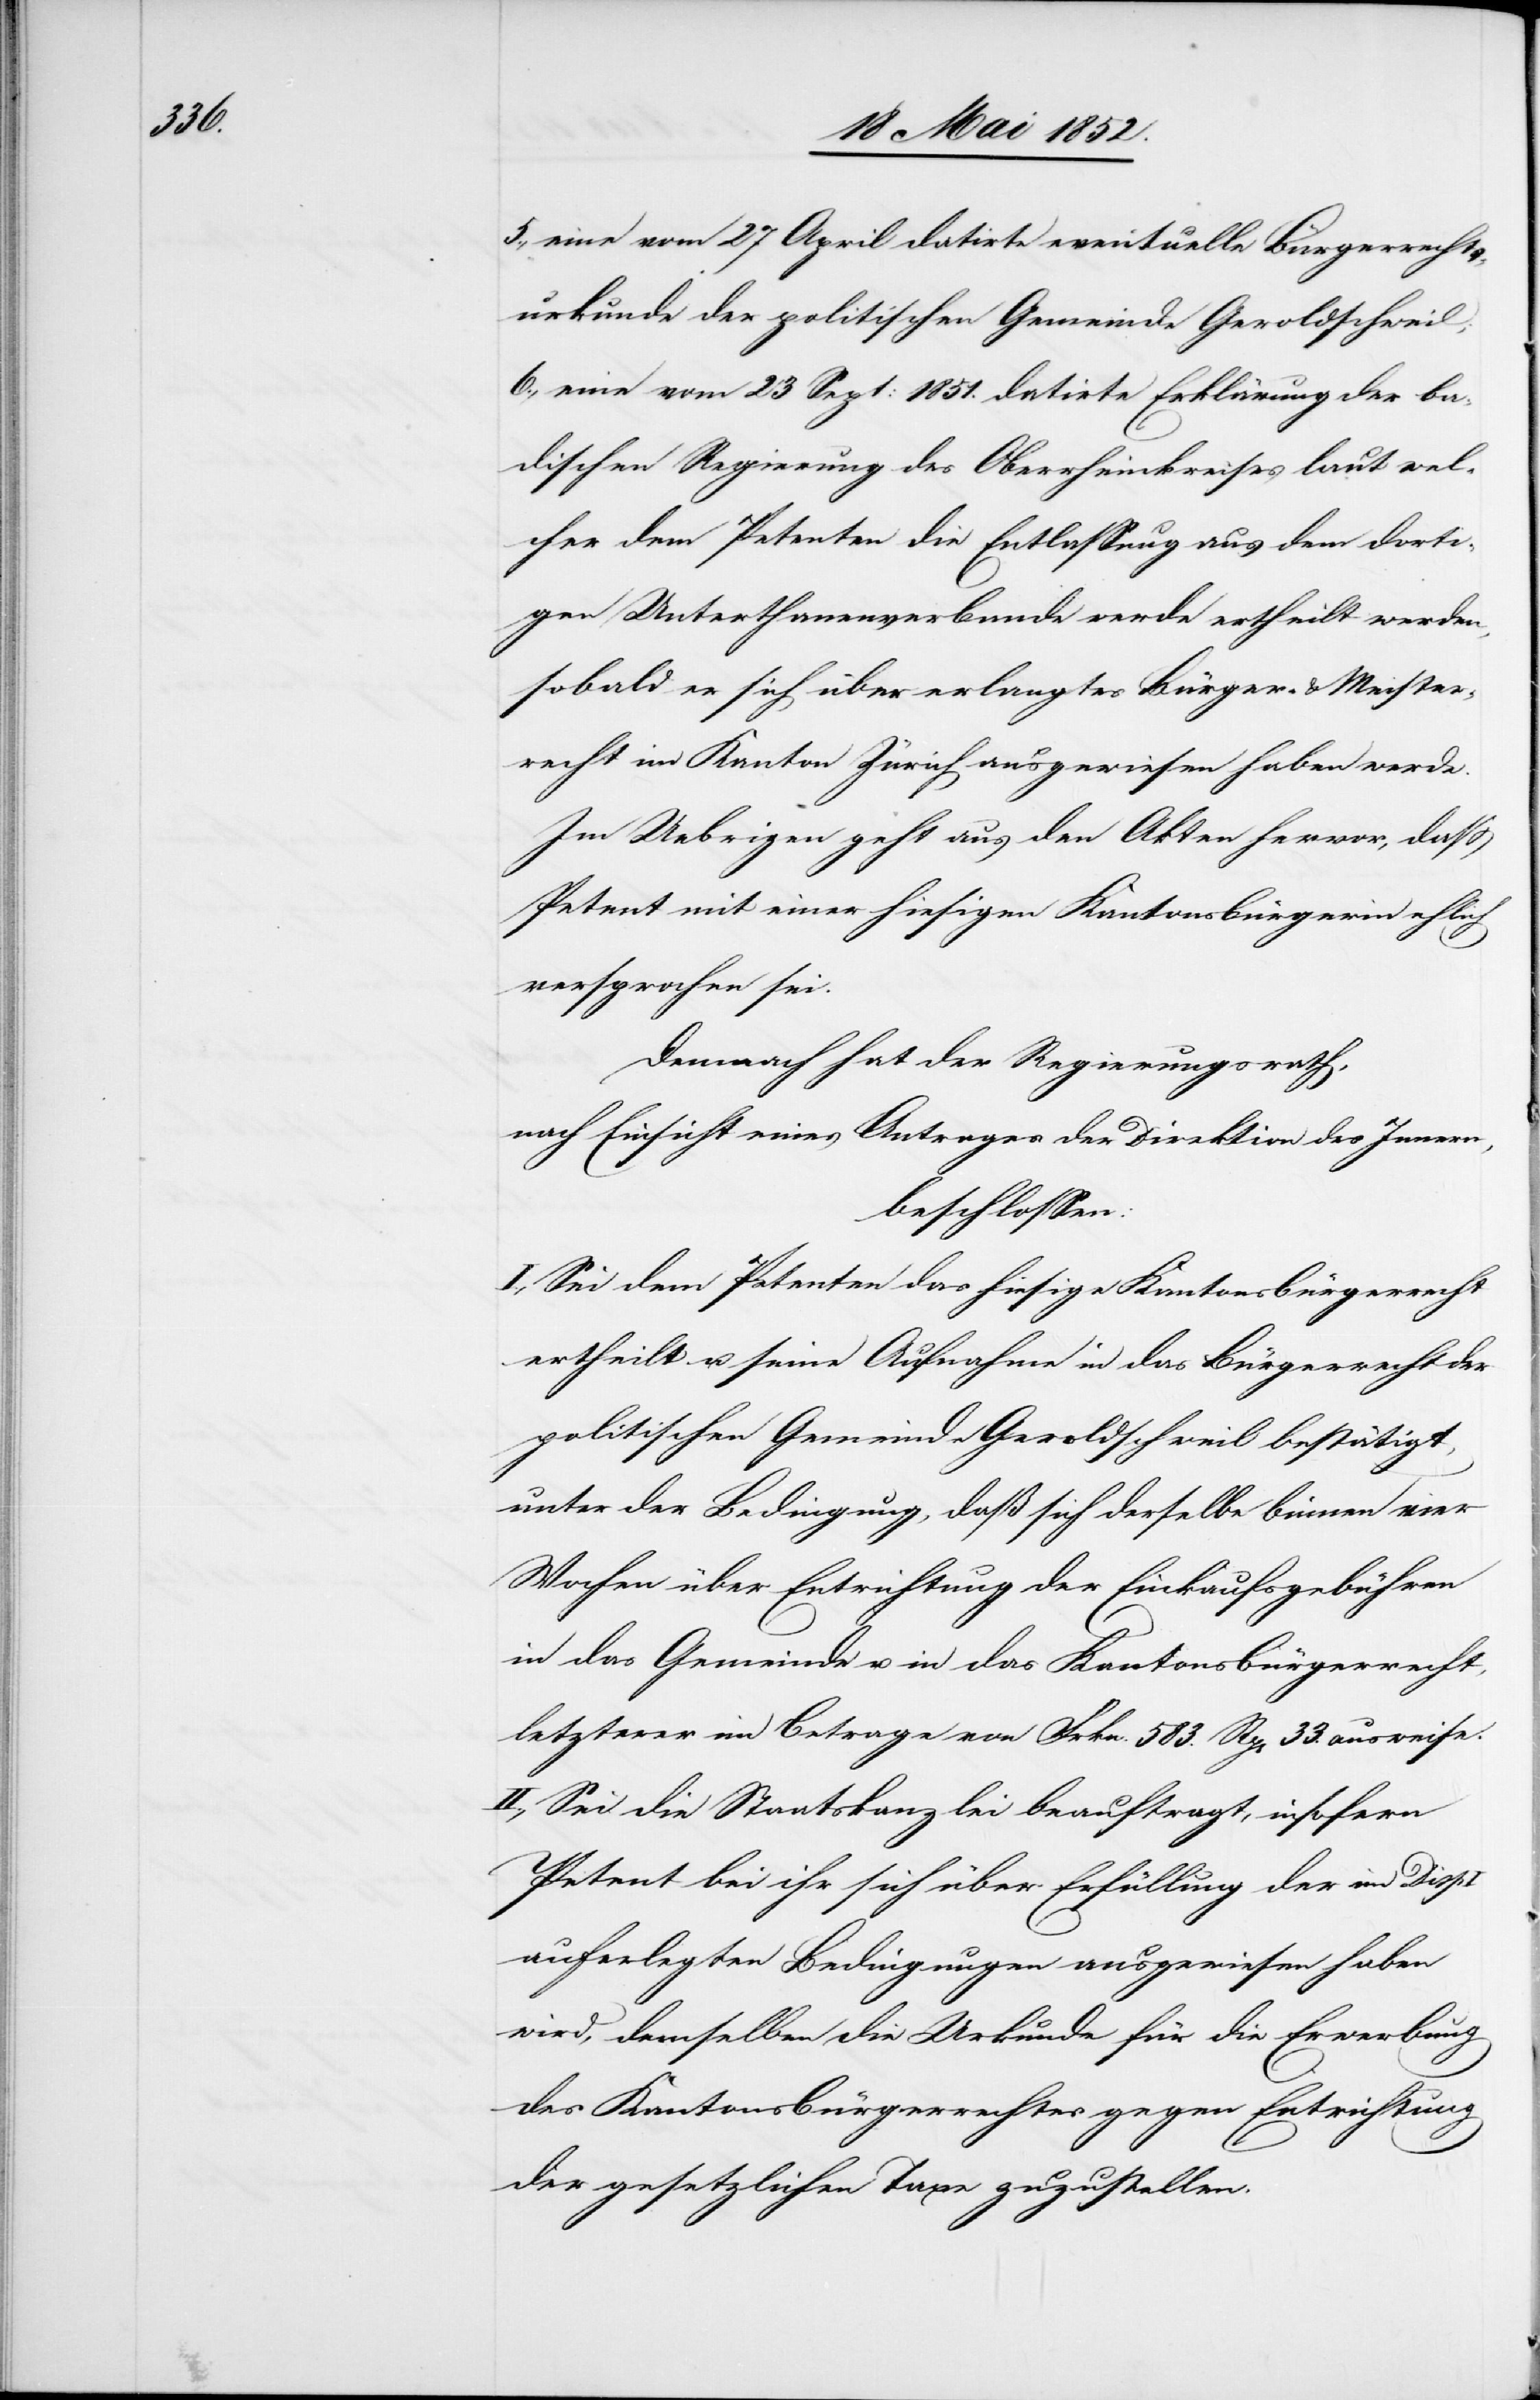
5., eine vom 27 April datirte eventuelle Bürgerrechts¬
urkunde der politischen Gemeinde Geroldschweil;
6., eine vom 23 Sept: 1851. datirte Erklärung der ba¬
dischen Regierung des Oberrheinkreises laut wel¬
cher dem Petenten die Entlassung aus dem dorti¬
gen Unterthanenverbande werde ertheilt werden,
sobald er sich über erlangtes Bürger- & Meister¬
recht im Kanton Zürich ausgewiesen haben werde.
Im Uebrigen geht aus den Akten hervor, dass
Petent mit einer hiesigen Kantonsbürgerin ehlich
versprochen sei.
Demnach hat der Regierungsrath,
nach Einsicht eines Antrages der Direktion des Innern,
beschlossen:
I., Sei dem Petenten das hiesige Kantonsbürgerrecht
ertheilt u. seine Aufnahme in das Bürgerrecht der
politischen Gemeinde Geroldschweil bestätigt,
unter der Bedingung, daß sich derselbe binnen vier
Wochen über Entrichtung der Einkaufsgebühren
in das Gemeinde u. in das Kantonsbürgerrecht,
letzterer im Betrage von Frkn. 583. Rp[en] 33. ausweise.
II., Sei die Staatskanzlei beauftragt, insofern
Petent bei ihr sich über Erfüllung der im Disp
auferlegten Bedingungen ausgewiesen haben
wird, demselben die Urkunde für die Erwerbung
des Kantonsbürgerrechtes gegen Entrichtung
der gesetzlichen Taxe zuzustellen.